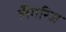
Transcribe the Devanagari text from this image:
लँगरिज